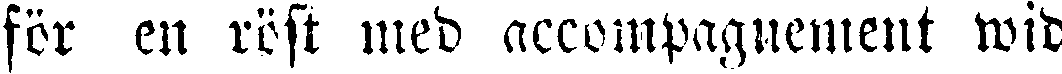
för en röst med accompagnement wid